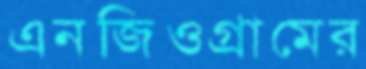
এনজিওগ্রামের